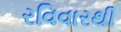
રવિવારથી